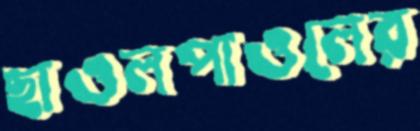
ছাওলপাওলের